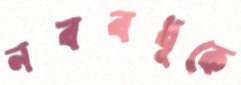
নববধূকে